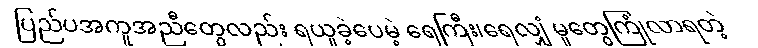
ပြည်ပအကူအညီတွေလည်း ရယူခဲ့ပေမဲ့ ရေကြီး၊ရေလျှံ မှုတွေကြုံလာရတဲ့